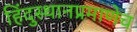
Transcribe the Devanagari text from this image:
हिंदुस्थानप्रमाणेच